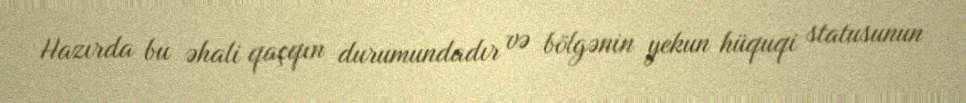
Hazırda bu əhali qaçqın durumundadır və bölgənin yekun hüquqi statusunun